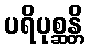
ပရိပုစ္ဆန္တိ